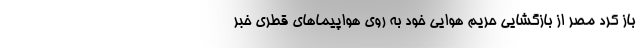
باز کرد مصر از بازگشایی حریم هوایی خود به روی هواپیماهای قطری خبر